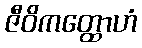
ဇီဝိကတ္ထောဟံ